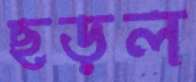
ছড়ল